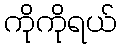
ကိုကိုရယ်